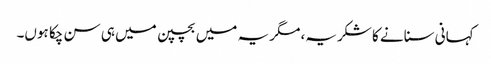
کہانی سنانے کا شکریہ، مگر یہ میں بچپن میں ہی سن چکا ہوں۔